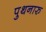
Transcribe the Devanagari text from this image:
पुथनारु